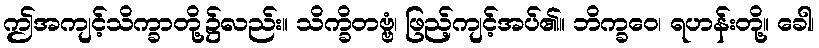
ဤအကျင့်သိက္ခာတို့၌လည်း။ သိက္ခိတဗ္ဗံ၊ ဖြည့်ကျင့်အပ်၏။ ဘိက္ခဝေ၊ ရဟန်းတို့။ ခေါ၊